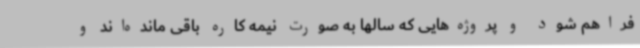
فراهم شود و پروژه‌هایی که سالها به صورت نیمه کاره باقی مانده‌اند و